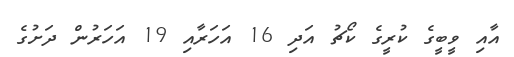
އާއި ވީބީގެ ކުރީގެ ކޯޗު އަދި 16 އަހަރާއި 19 އަހަރުން ދަށުގެ